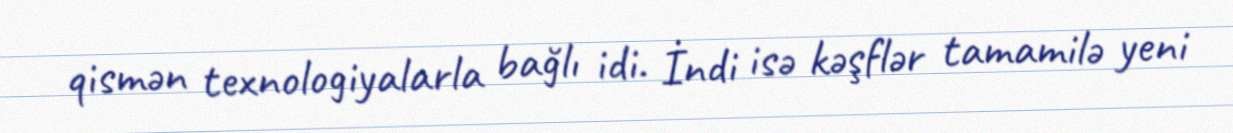
qismən texnologiyalarla bağlı idi. İndi isə kəşflər tamamilə yeni